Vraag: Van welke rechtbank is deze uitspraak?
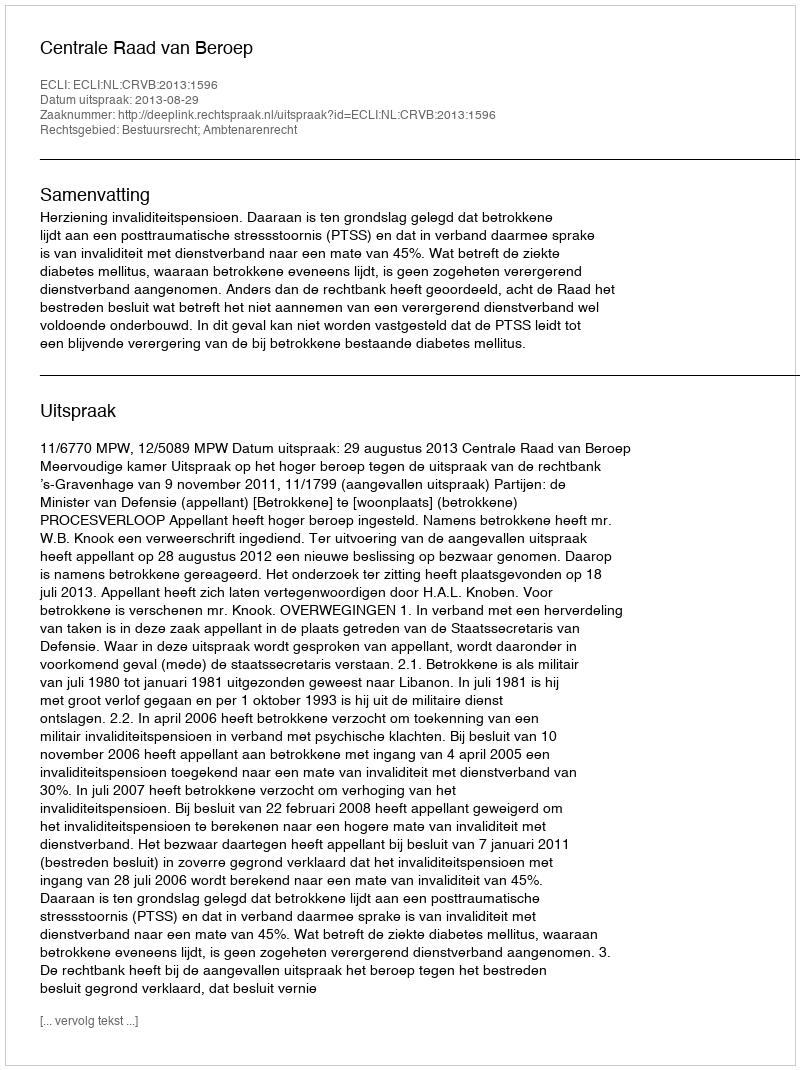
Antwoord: Centrale Raad van Beroep